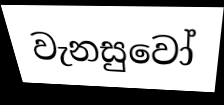
වැනසුවෝ